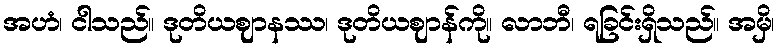
အဟံ၊ ငါသည်။ ဒုတိယဈာနဿ၊ ဒုတိယဈာန်ကို။ လာဘီ၊ ရခြင်းရှိသည်။ အမှိ၊